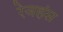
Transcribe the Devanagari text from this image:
रेजहंस